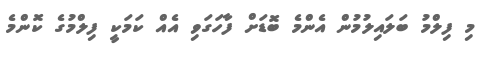
މި ފިލްމު ބަލައިލުމުން އެންމެ ބޮޑަށް ފާހަގަވި އެއް ކަމަކީ ފިލްމުގެ ކޮންމެ